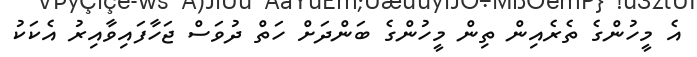
އެ މީހުންގެ ތެރެއިން ތިން މީހުންގެ ބަންދަށް ހަތް ދުވަސް ޖަހާފައިވާއިރު އެކަކު